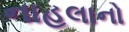
નાહલાનો